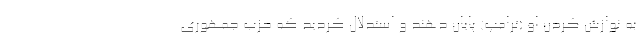
به نوازش کردن او (ترامپ) پایان دهند و استدلال کردید که حزب جمهوری